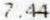
7.44